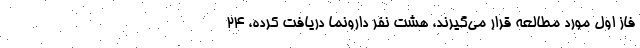
فاز اول مورد مطالعه قرار می‌گیرند، هشت نفر دارونما دریافت کرده، ۲۴